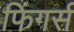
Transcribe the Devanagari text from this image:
फिंगर्स